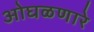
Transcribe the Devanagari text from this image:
ओघळणारे